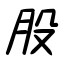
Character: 股